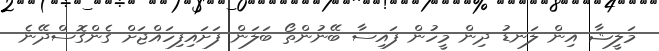
މަލީޝާ އިން ލަނޑު ދިން މީހުން ފައިސާ ބޭނުންތޯ ބަލަން ފަށައިފިހައްޖަށް ގެންގޮސްދޭނެ